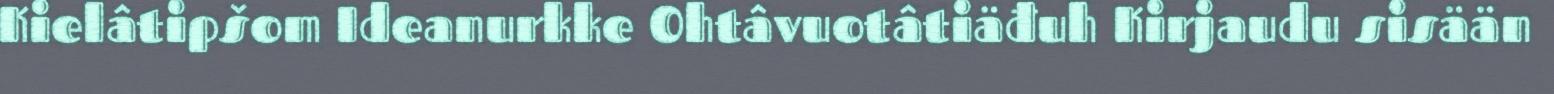
Kielâtipšom Ideanurkke Ohtâvuotâtiäđuh Kirjaudu sisään